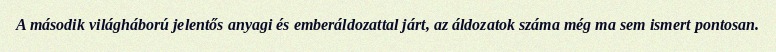
A második világháború jelentős anyagi és emberáldozattal járt, az áldozatok száma még ma sem ismert pontosan.